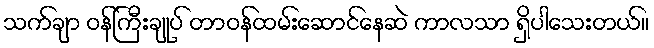
သက်ချာ ဝန်ကြီးချုပ် တာဝန်ထမ်းဆောင်နေဆဲ ကာလသာ ရှိပါသေးတယ်။